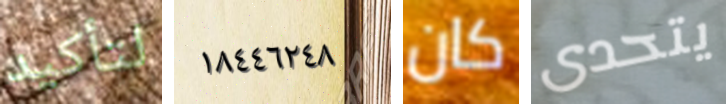
لتأكيد ١٨٤٤٦٢٤٨ كان يتحدى